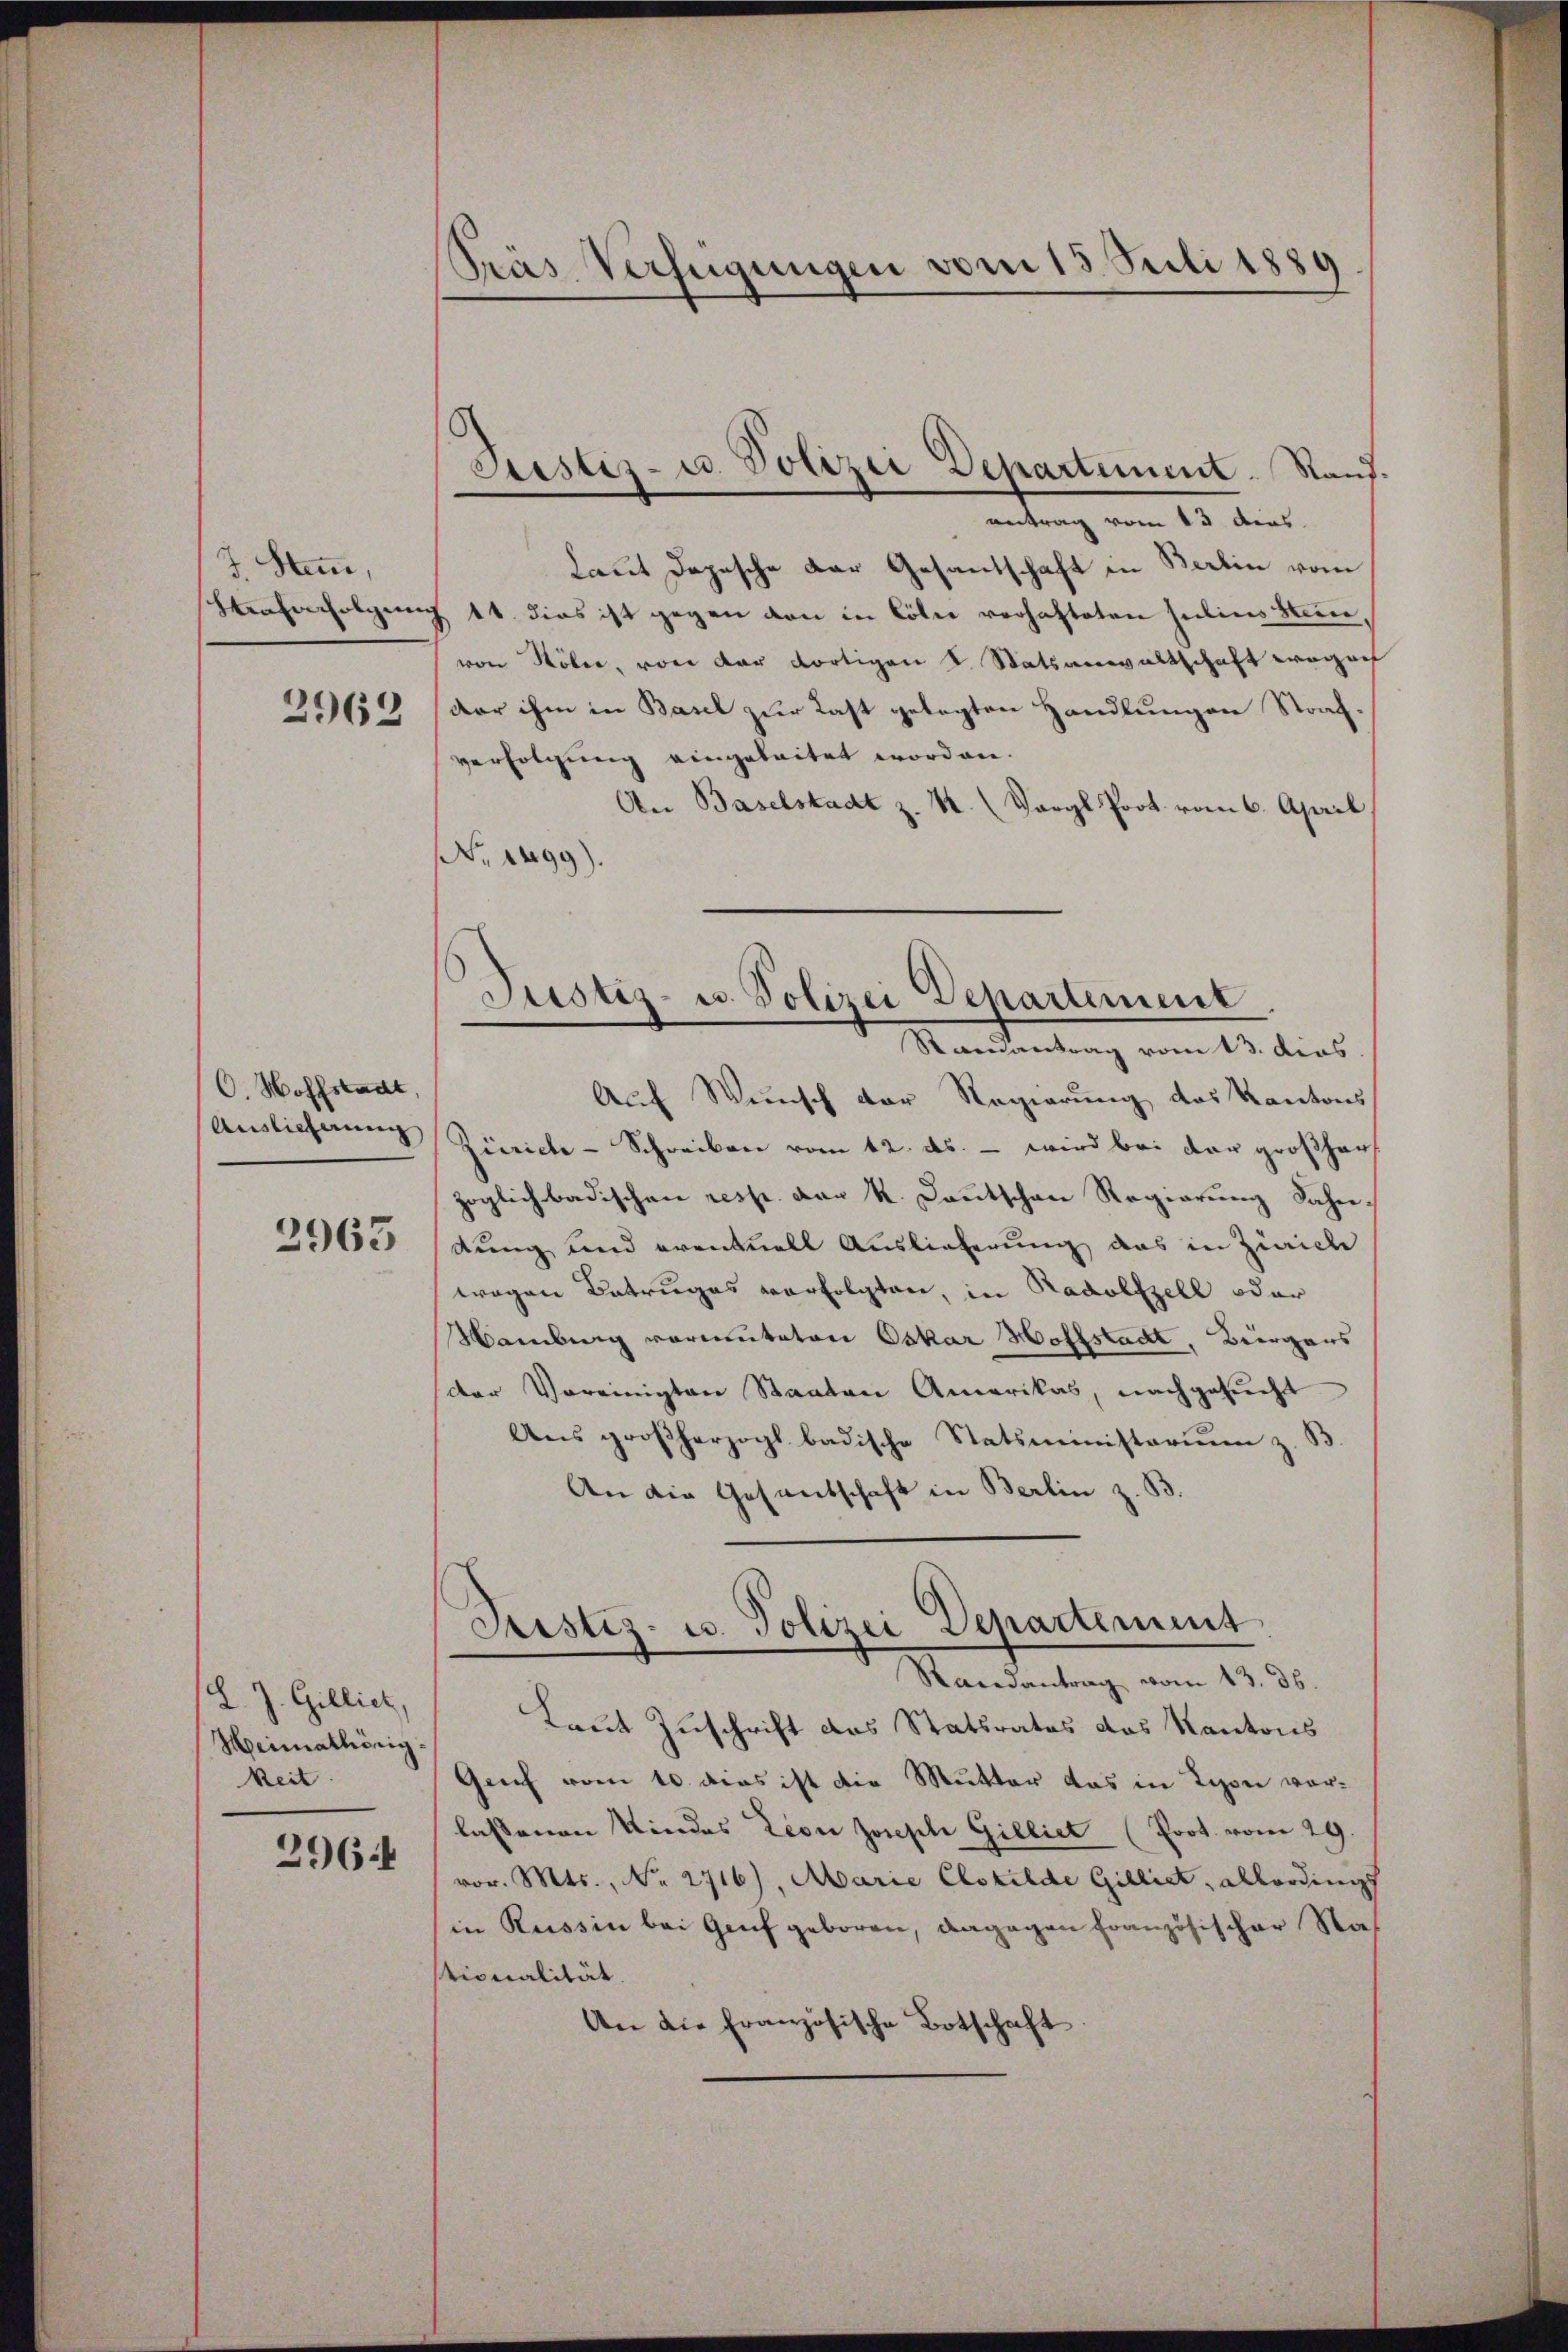
J. Stamm,
Stenhorfolgun

2962

O. Wolfstadt,

2963

(L. J. Gilliet,
Heimathörig-
keit.
296.

Pras Verfügungen vom 13. Juli 1889

Justiz- u. Polizei Departement. Stand.

antrag vom 13. ders.
Laut Depesche Dar Gesantschaft in Berlin vom
Z 11. dies ist gegen den in Cöln verhafteten Julius Bunvon Köler, von der dortigen L. Statsanwaltschaft wegenh
dar ihm in Basel zur Last gelegten Handlungen Strafverfolgung eingeleitet worden.
An Baselstadt z. B. (Vergl. Prot. vom 6. April
No. 1499).
Justiz- u. Polizei Departement
Mandantung vom 15. dies
Auf Weinsch der Regierung des Kantons
Auslieferung Zürich-Schreiben vom 12. ds. – wird bei der großher
zoglich badischen resp. der k. Kautschen Regierung Sahn
dung und eventuell Auslieferung das in Zürich
wegen Betruges verfolgten, in Radolfzell oder
Hamburg vormuteten Oskar Hohlstadt, Bürgers
der Vereinigten Staaten Amerikas, nachgesŭcht
Ans großherzogl. badische Statsministerium z. B
An die Gesandschaft in Berlin z. B.

Randantrag vom 13. ds.
Laut Zuschrift das Statsrates das Kantons
Genf vom 10. dies ist die Mutter das in Lyon vorlassenen Kindes Leon Joseph Gilliet (Prot. vom 29.
vor. Mts., Nr. 2716), Marie Elsbilde Gilliet, allerdings
in Russin bei Genf geboren, dagegen französischer Staf
tionalität.
An die Französische Botschaft

Justiz- u. Polizei Departement